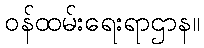
ဝန်ထမ်းရေးရာဌာန။